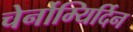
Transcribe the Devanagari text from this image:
चेर्नोम्यिर्दिन